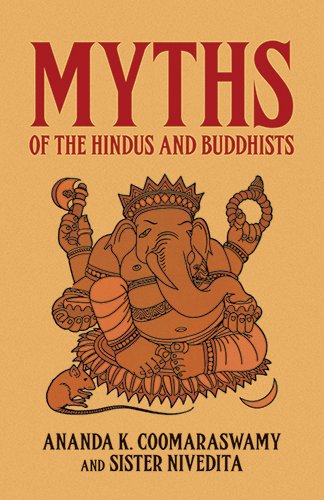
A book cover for Myths of the Hindus and Buddhists (Dover Books on Anthropology & Ethnology); Ananda K. Coomaraswamy; Religion & Spirituality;